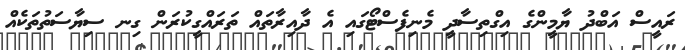
ރައީސް އަބްދު ޔާމީންގެ އިގްތިސާދީ މެނިފެސްޓޯގައި އެ ދާއިރާތައް ތަރައްގީކުރަން ގިނ ސިޔާސަތުތަކެއް